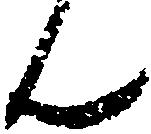
ん